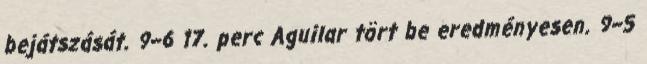
bejátszását. 9–6 17. perc Aguilar tört be eredményesen. 9–5